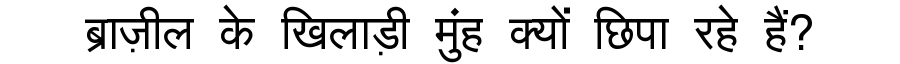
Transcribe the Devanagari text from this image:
ब्राज़ील के खिलाड़ी मुंह क्यों छिपा रहे हैं?